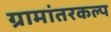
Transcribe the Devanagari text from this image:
ग्रामांतरकल्प